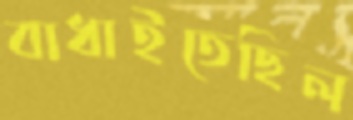
বাধাইতেছিল